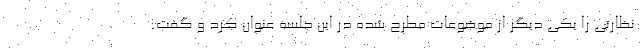
نظارتی را یکی دیگر از موضوعات مطرح شده در این جلسه عنوان کرد و گفت: